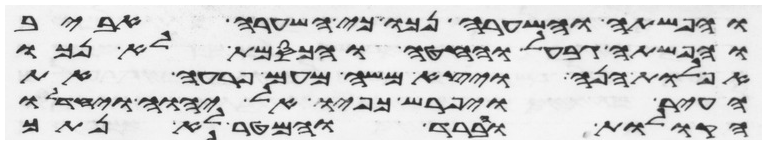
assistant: והפשתה והשערה נכו כי השערה אביב
והפשתה גבעל והחטה והכסמת לא נכו
אפלות הנה ויצא משה מעם פרעה את
העיר ויפרש כפיו אל יהוה ויחדלו
הקולות והברד והמטר לא נתך